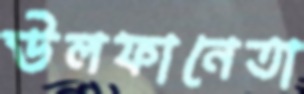
উলফানেতা